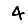
Digit: 4